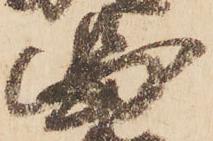
圖